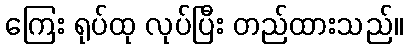
ကြေး ရုပ်ထု လုပ်ပြီး တည်ထားသည်။